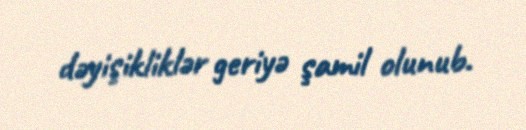
dəyişikliklər geriyə şamil olunub.